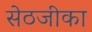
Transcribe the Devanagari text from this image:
सेठजीका